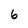
Character: 6